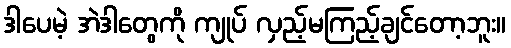
ဒါပေမဲ့ အဲဒါတွေကို ကျုပ် လှည့်မကြည့်ချင်တော့ဘူး။